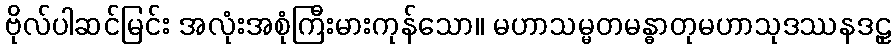
ဗိုလ်ပါဆင်မြင်း အလုံးအစုံကြီးမားကုန်သော။ မဟာသမ္မတမန္ဓာတုမဟာသုဒဿနဒဠှ